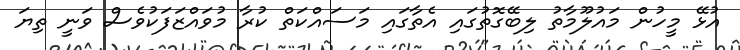
އުޅޭ މީހުން މައުލޫމާތު ލިބޭގޮތުގައި އެތާގައި މަސައްކަތް ކުރާ މުވައްޒަފަކުވެސް ވަނީ ތިޔަ